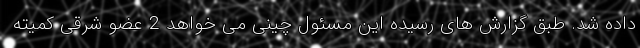
داده شد. طبق گزارش های رسیده این مسئول چینی می خواهد 2 عضو شرقی کمیته